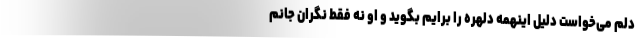
دلم می‌خواست دلیل اینهمه دلهره را برایم بگوید و او نه فقط نگران جانم